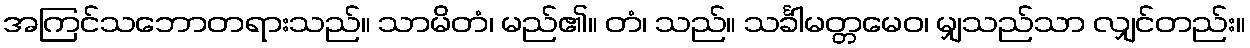
အကြင်သဘောတရားသည်။ သာမိတံ၊ မည်၏။ တံ၊ သည်။ သင်္ခါမတ္တမေဝ၊ မျှသည်သာ လျှင်တည်း။